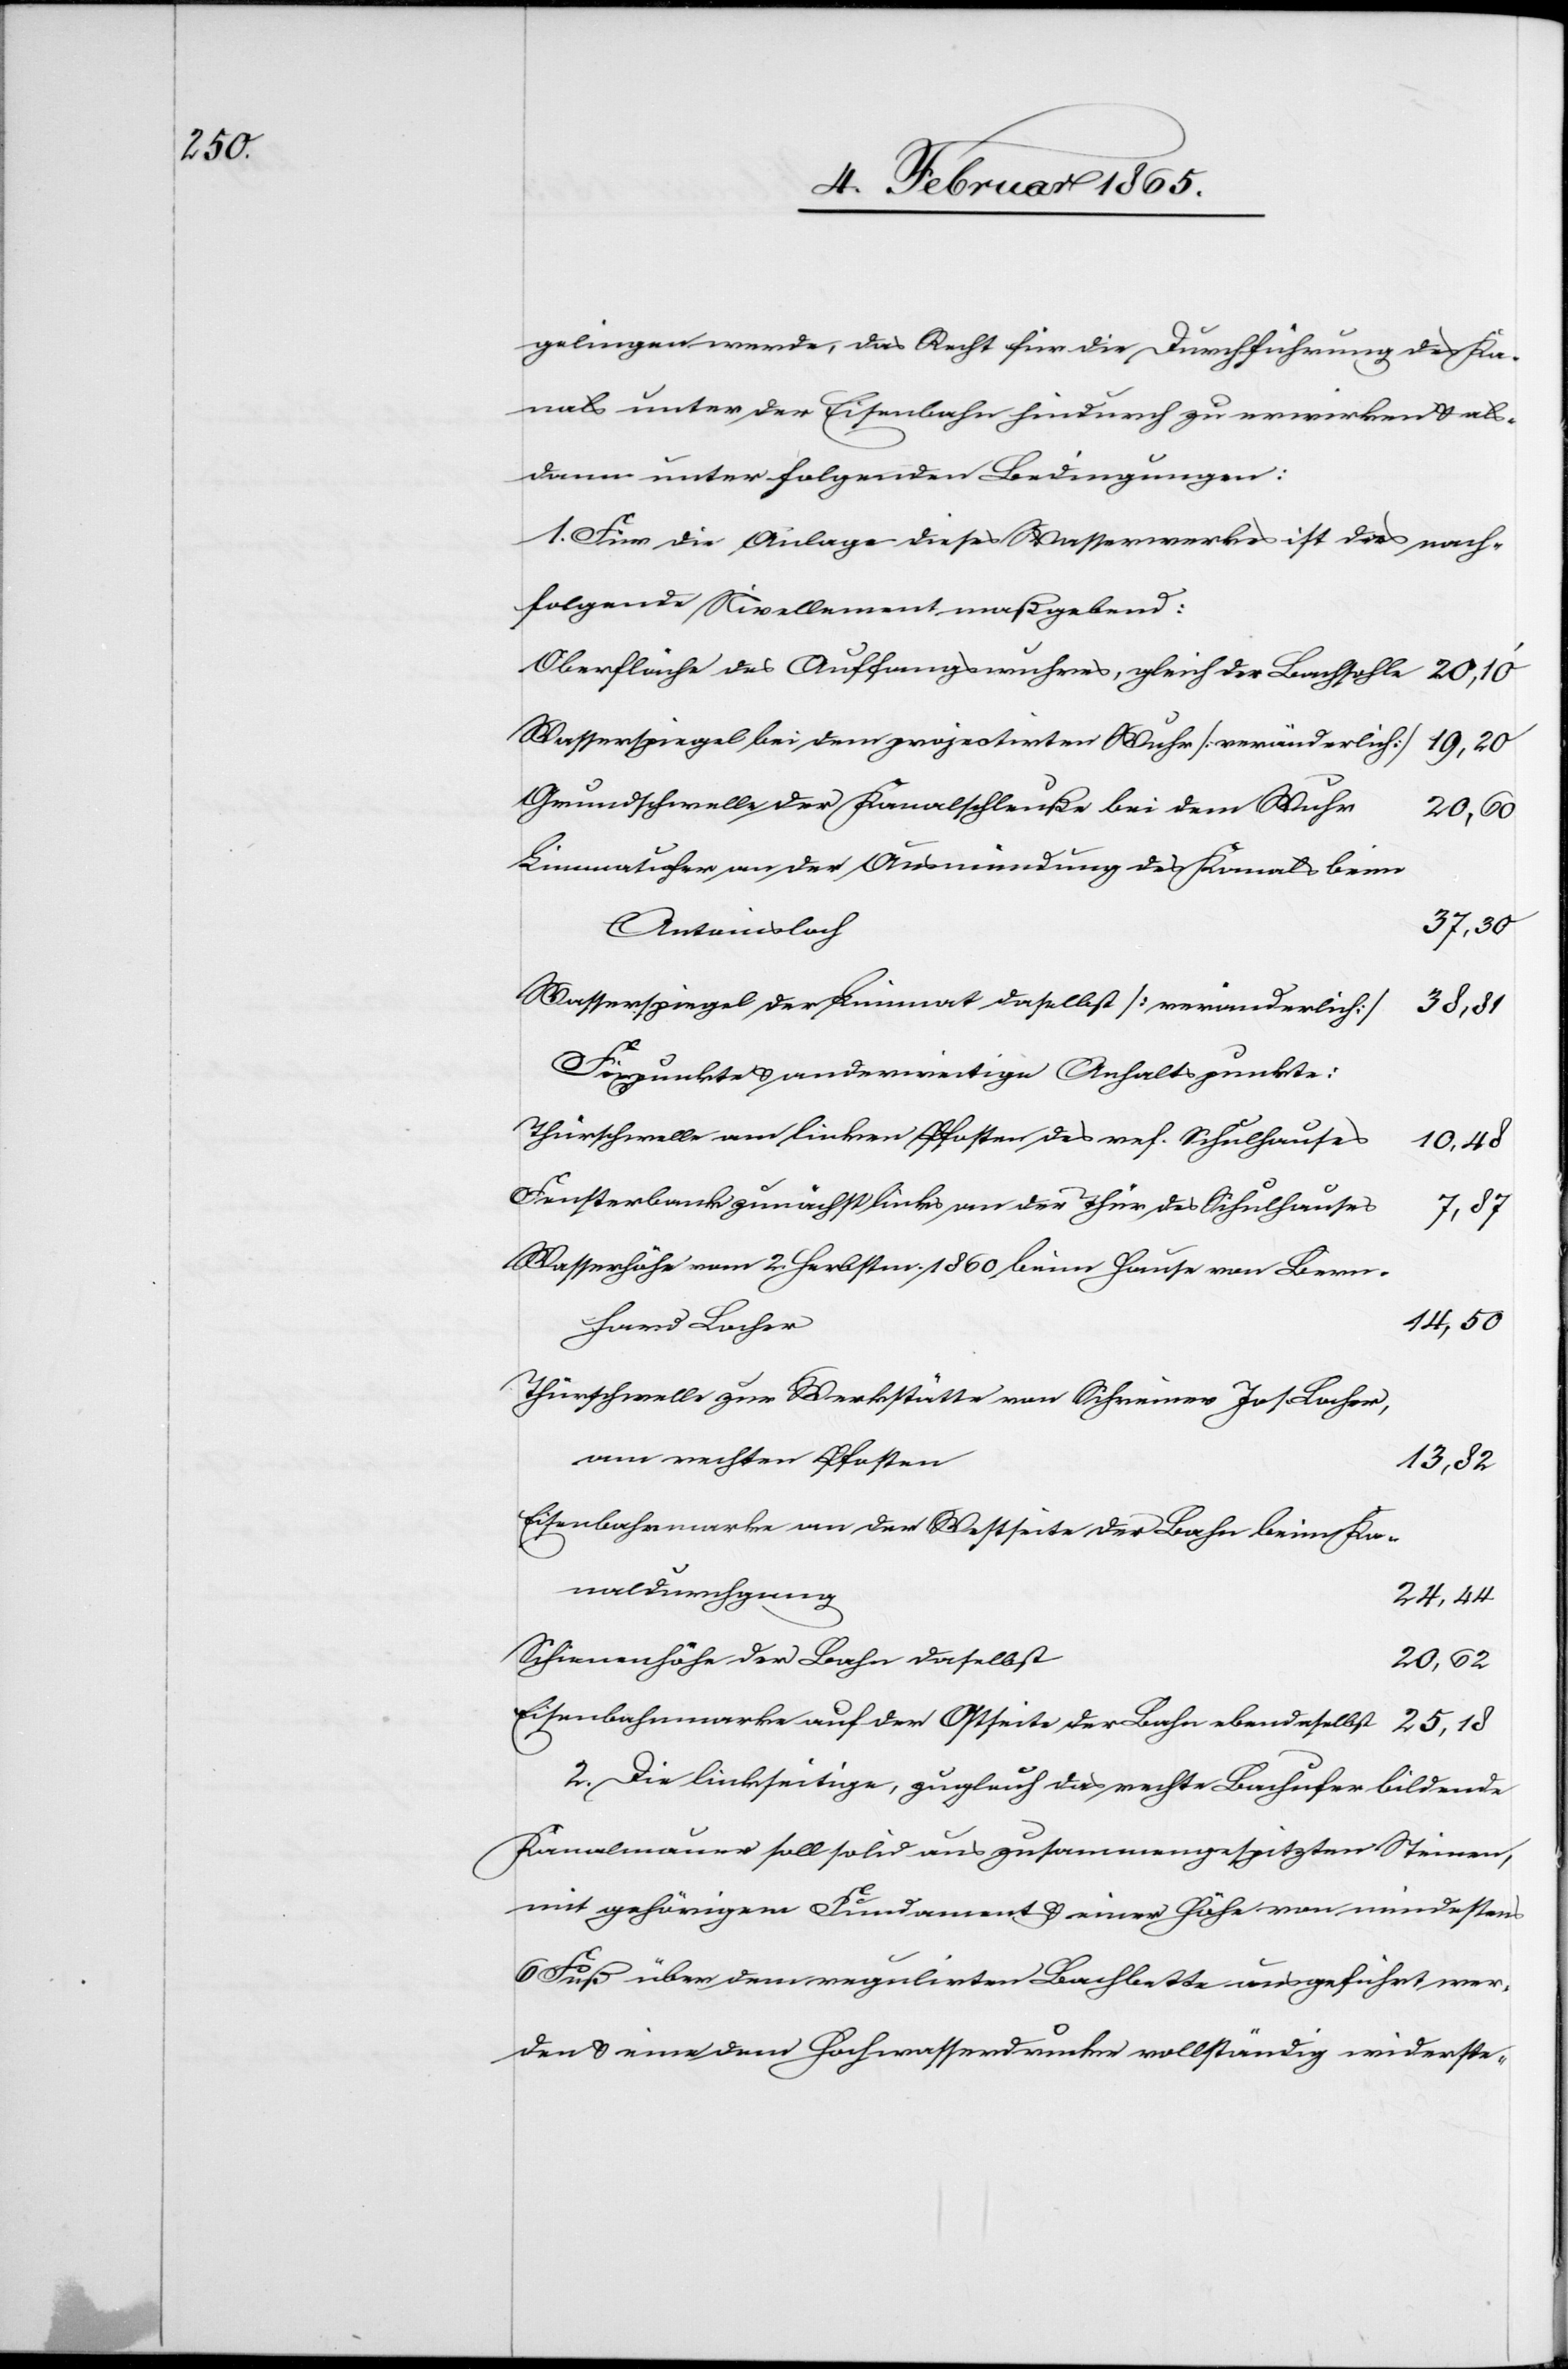
gelingen werde, das Recht für die Durchführung des Ka¬
nals unter der Eisenbahn hindurch zu erwirken u. als¬
dann unter folgenden Bedingungen:
1. Für die Anlage dieses Wasserwerkes ist das nach¬
folgende Nivellement maßgebend:
Oberfläche des Auffangswuhres, gleich der Bachsohle
Wasserspiegel bei dem projectirten Wuhr [veränderlich]
19,20
Grundschwelle der Kanalschleuße bei dem Wuhr
25,18
Limmatufer an der Ausmündung des Kanals beim
37,30
Antonisloch
Wasserspiegel der Limmat daselbst [veränderlich]
38,81
Fixpunkte u. anderweitige Anhaltspunkte:
Thürschwelle am linken Pfosten des ref. Schulhauses
10,48
Fensterbank zunächst links an der Thür des Schulhauses
7,87
Wasserhöhe vom 2. Herbstm. 1860 beim Hause von Bern¬
14,50
hard Locher
Thürschwelle zur Werkstätte von Schreiner Jos. Locher,
am rechten Pfosten
13,82
Eisenbahnmarke an der Westseite der Bahn beim Ka¬
naldurchgang
24,44
Schienenhöhe der Bahn daselbst
20,62
Eisenbahnmarke auf der Ostseite der bahn ebendaselbst
2. Die linkseitige, zugleich das rechte Bachufer bildende
Kanalmauer soll solid aus zusammengespitzten Steinen,
mit gehörigem Fundament u. einer Höhe von mindestens
6 Fuß über dem regulirten Bachbette ausgeführt wer¬
den u. eine dem Hochwasserdrucke vollständig widerste-